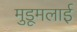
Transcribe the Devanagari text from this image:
मुडूमलाई